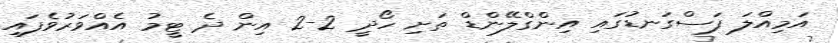
އަމިއްލަ ފަސްގަނޑުގައި އިންގްލޭންޑް ތަށި ހޯދީ 2-2 އިން ދެ ޓީމު އެއްވަރުވެފައި